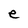
Character: e